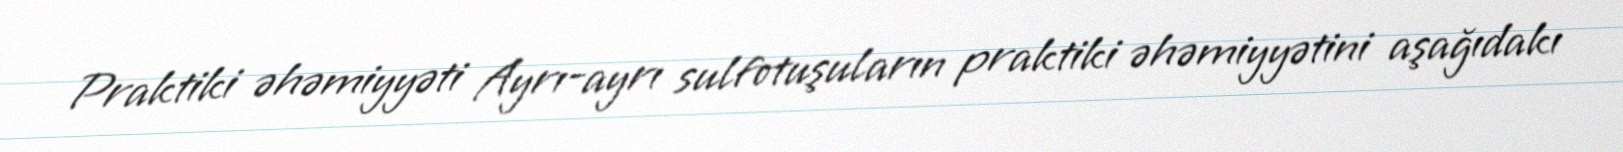
Praktiki əhəmiyyəti Ayrı-ayrı sulfotuşuların praktiki əhəmiyyətini aşağıdakı